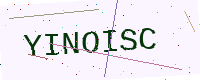
Text: YINOISC